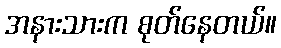
အနားသားက စုတ်နေတယ်။